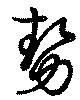
勢